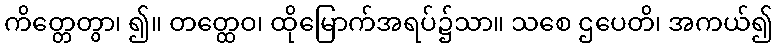
ကိတ္တေတွာ၊ ၍။ တတ္ထေဝ၊ ထိုမြောက်အရပ်၌သာ။ သစေ ဌပေတိ၊ အကယ်၍